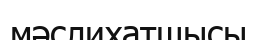
мәслихатшысы